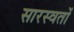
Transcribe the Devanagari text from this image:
सारस्वतों